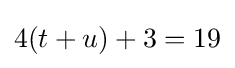
4(t+u)+3=19